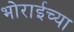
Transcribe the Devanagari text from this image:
भोराईच्या